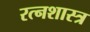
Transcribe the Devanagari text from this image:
रत्नशास्त्र